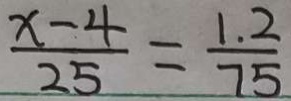
\frac { x - 4 } { 2 5 } = \frac { 1 . 2 } { 7 5 }